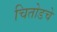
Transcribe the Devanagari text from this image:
चितोडचे